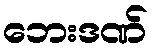
ဘေးဒဏ်